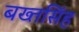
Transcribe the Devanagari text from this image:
बख्तसिंह